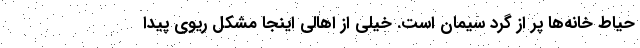
حیاط خانه‌ها پر از گرد سیمان است. خیلی از اهالی اینجا مشکل ریوی پیدا